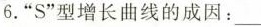
6.”S”型增长曲线的成因：。